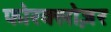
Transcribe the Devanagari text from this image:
फोरक्लोज़र